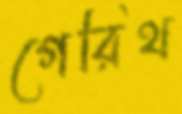
গেরিথ